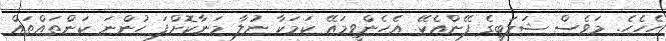
ހެހެހެ. މަވެސް ޝަލަބީގެ ފޭންއެކޭ. އެހެންވީމައޭ ކަމަކާ ނުލާ މަނާކޮށްފަ ހުންނަ ކަންތައްތައް